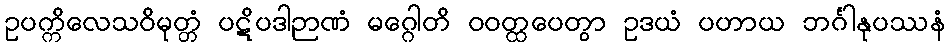
ဥပက္ကိလေသဝိမုတ္တံ ပဋိပဒါဉာဏံ မဂ္ဂေါတိ ဝဝတ္ထပေတွာ ဥဒယံ ပဟာယ ဘင်္ဂါနုပဿနံ